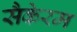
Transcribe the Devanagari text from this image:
सैकेरम